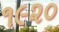
૧૯૨૦